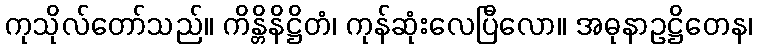
ကုသိုလ်တော်သည်။ ကိန္တိနိဋ္ဌိတံ၊ ကုန်ဆုံးလေပြီလော။ အဓုနာဥဋ္ဌိတေန၊